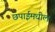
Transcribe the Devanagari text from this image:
छपाईमधील